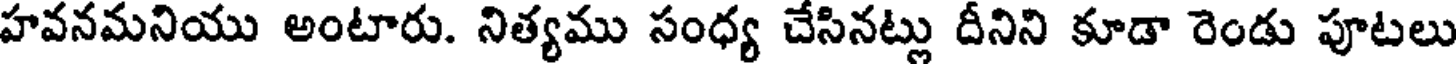
హవనమనియు అంటారు. నిత్యము సంధ్య చేసినట్లు దీనిని కూడా రెండు పూటలు